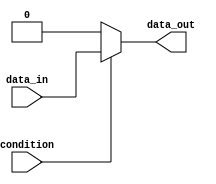
module if_else_statement(
    input wire condition,
    input wire data_in,
    output reg data_out
);

always @(*)
begin
    if(condition)
    begin
        // code to execute if condition is true
        data_out = data_in;
    end
    else
    begin
        // code to execute if condition is false
        data_out = 0;
    end
end

endmodule